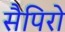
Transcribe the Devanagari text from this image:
सैपिरो